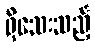
ရှိသေးသည့်